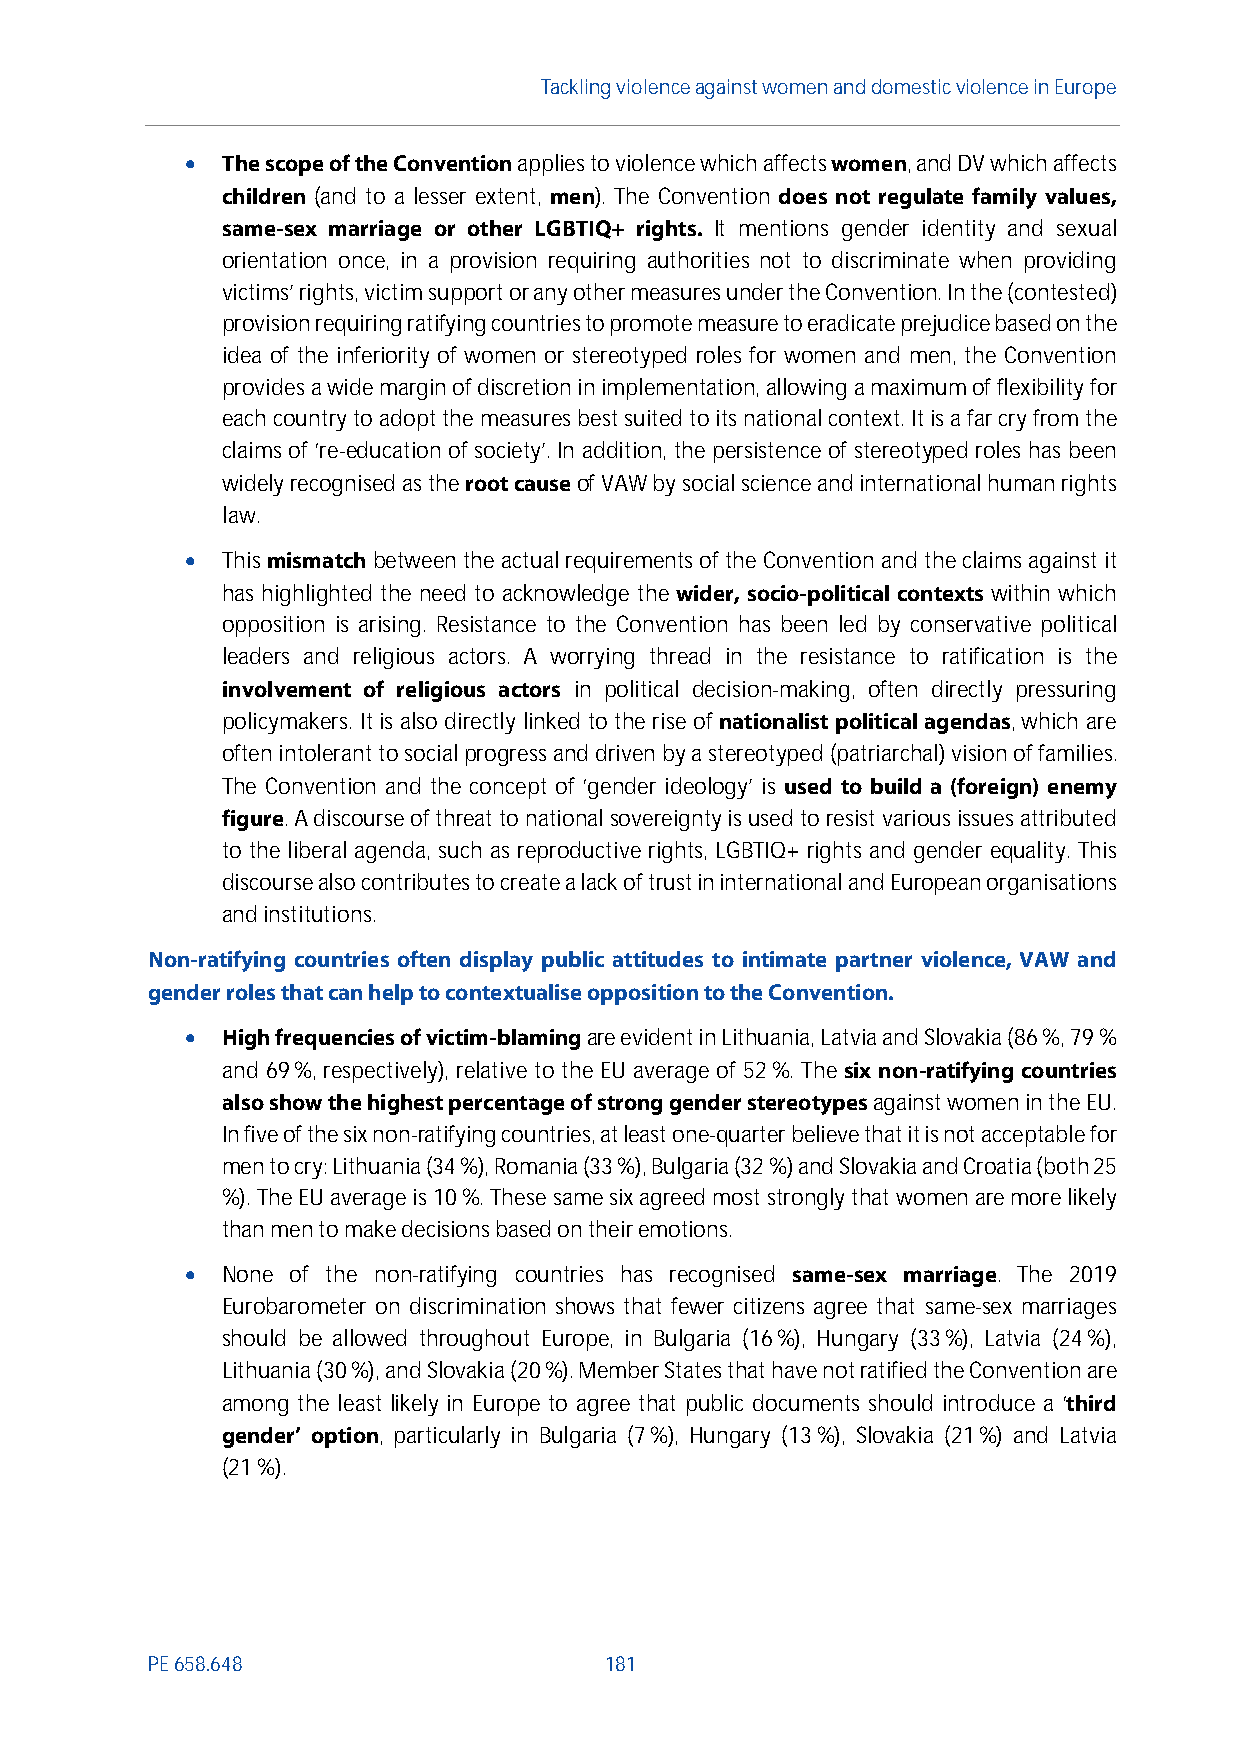
Tackling violenceagainst women anddomesticviolence in Europe
   The scope of the Conventionapplies to violence which affectswomen, and DV which affects
 children (and to a lesser extent, men). The Convention does not regulate family values,
 same-sex marriage or other LGBTIQ+ rights. It mentions gender identity and sexual
 orientation once, in a provision requiring authorities not to discriminate when providing
 victims’ rights, victim support or any other measures under the Convention. In the (contested)
 provision requiring ratifying countries to promote measure to eradicate prejudice based on the
 idea of the inferiority of women or stereotyped roles for women and men, the Convention
 provides awide margin of discretion in implementation, allowing a maximum of flexibility for
 each country to adopt the measures best suited to its national context. It is a far cry from the
 claims of ‘re-education of society’. In addition, the persistence of stereotyped roles has been
 widely recognised astheroot causeof VAW by social science and international human rights
 law.
   Thismismatchbetween the actual requirements of the Convention and the claims against it
 has highlighted the need to acknowledge the wider, socio-political contexts within which
 opposition is arising. Resistance to the Convention has been led by conservative political
 leaders and religious actors. A worrying thread in the resistance to ratification is the
 involvement of religious actors in political decision-making, often directly pressuring
 policymakers. It is also directly linked to the rise ofnationalist political agendas, which are
 often intolerant to social progress and driven by a stereotyped (patriarchal) vision of families.
 The Convention and the concept of ‘gender ideology’ is used to build a (foreign) enemy
 figure. A discourse of threat to national sovereignty is used to resist various issues attributed
 to the liberal agenda, such as reproductive rights, LGBTIQ+ rights and gender equality. This
 discoursealso contributes to createa lack of trustin international and European organisations
 and institutions.
 Non-ratifying countries often display public attitudes to intimate partner violence, VAW and
 gender roles that can help tocontextualise opposition to the Convention.
   High frequencies of victim-blamingare evident in Lithuania, Latvia and Slovakia (86%, 79%
 and 69%, respectively), relative to the EU average of 52%. The six non-ratifying countries
 also show thehighest percentage ofstrong gender stereotypesagainst women in the EU.
 In five of the six non-ratifying countries, at least one-quarter believe that it is not acceptable for
 men to cry: Lithuania (34 %), Romania (33 %), Bulgaria (32 %) and Slovakia and Croatia (both25
 %). The EU average is 10%. These same six agreed most strongly that women are more likely
 than men to make decisions based on their emotions.
   None of the non-ratifying countries has recognised same-sex marriage. The 2019
 Eurobarometer on discrimination shows that fewer citizens agree that same-sex marriages
 should be allowed throughout Europe, in Bulgaria (16%), Hungary (33%), Latvia (24%),
 Lithuania (30%), and Slovakia (20%). Member States that have not ratified the Convention are
 among the least likely in Europe to agree that public documents should introduce a ‘third
 gender’ option, particularly in Bulgaria (7%), Hungary (13%), Slovakia (21%) and Latvia
 (21%).
 PE658.648                     181